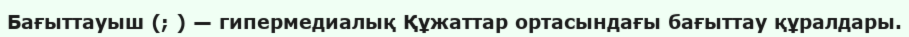
Бағыттауыш (; ) — гипермедиалық Құжаттар ортасындағы бағыттау құралдары.